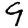
Digit: 9